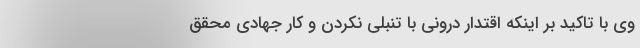
وی با تاکید بر اینکه اقتدار درونی با تنبلی نکردن و کار جهادی محقق